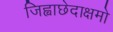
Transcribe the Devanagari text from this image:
जिह्वाछेदाक्षमो